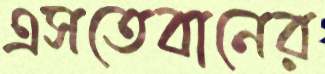
এসতেবানের